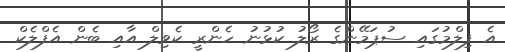
އެ ފިލްމުގައި ސުޕަމޭންގެ ރޯލު ކުޅުނު ހެންރީ ކެވިލް އާއި ބެން އެފްލެކް